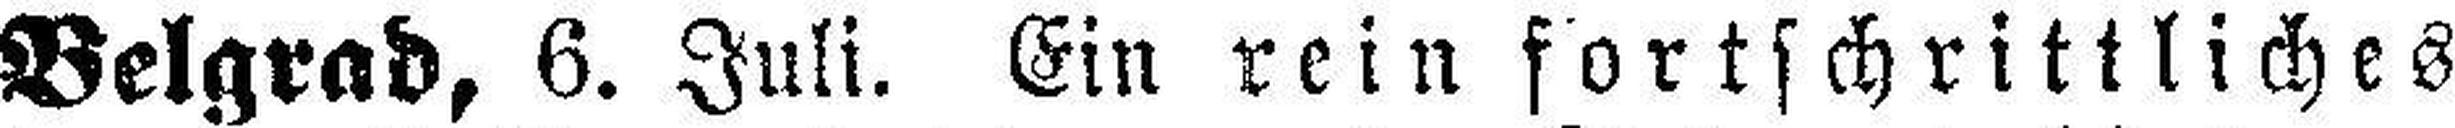
Belgrad, 6. Juli. Ein rein fortschrittliches